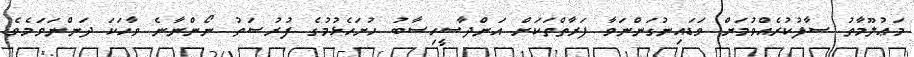
މަޢުލޫމާތު ސާފުކުރެއްވުމަށް ވަޑައިނުގަންނަވާ ފަރާތްތަކަށް އަންދާސީހިސާބު ހުށަހެޅުމުގެ ފުރުޞަތު ނޯންނާނެ ވާހަކަ ދަންނަވަމެވެ.